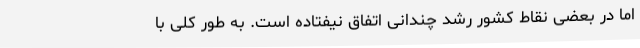
اما در بعضی نقاط کشور رشد چندانی اتفاق نیفتاده است. به طور کلی با